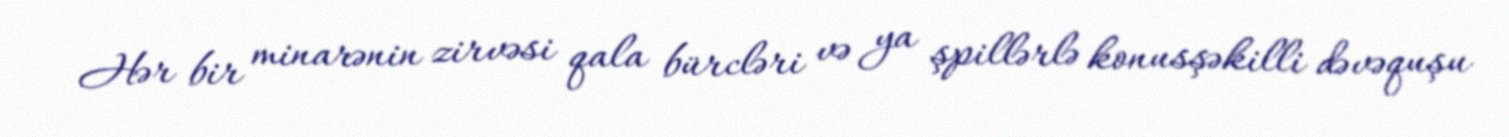
Hər bir minarənin zirvəsi qala bürcləri və ya şpillərlə konusşəkilli dəvəquşu